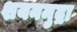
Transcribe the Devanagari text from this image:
शयनमुद्रा